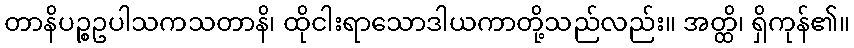
တာနိပဉ္စဥပါသကသတာနိ၊ ထိုငါးရာသောဒါယကာတို့သည်လည်း။ အတ္ထိ၊ ရှိကုန်၏။